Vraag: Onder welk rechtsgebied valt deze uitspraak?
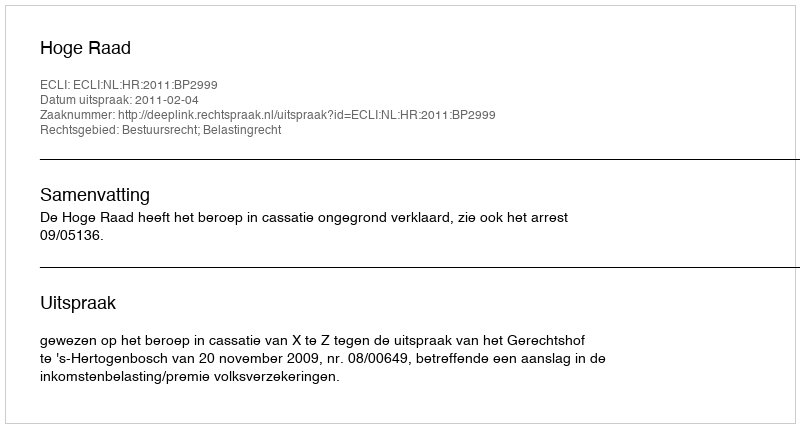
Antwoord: Bestuursrecht; Belastingrecht